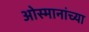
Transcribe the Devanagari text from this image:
ओस्मानांच्या